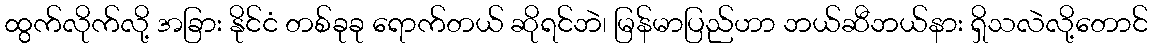
ထွက်လိုက်လို့ အခြား နိုင်ငံ တစ်ခုခု ရောက်တယ် ဆိုရင်ဘဲ၊ မြန်မာပြည်ဟာ ဘယ်ဆီဘယ်နား ရှိသလဲလို့တောင်